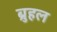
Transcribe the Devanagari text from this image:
ब्रुहल